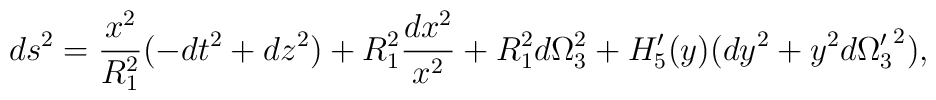
ds^2 = {x^2\over R_1^{2}}(-dt^2 + dz^2) + R_1^{2} {dx^2\over x^2} +R_1^{2}d\Omega_3^{2} + H'_5(y)(dy^2 + y^2 d{\Omega'_3}^{2}),